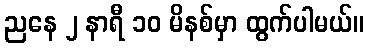
ညနေ ၂ နာရီ ၁၀ မိနစ်မှာ ထွက်ပါမယ်။